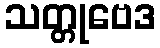
သတ္တုဗေဒ